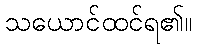
သယောင်ထင်ရ၏။